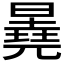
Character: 𬁕